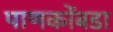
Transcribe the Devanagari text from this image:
पाणकोंबडा